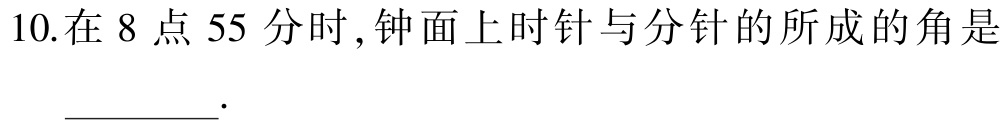
10.在 8 点 55 分时 , 钟面上时针与分针的所成的角是 \_\_\_\_\_ .